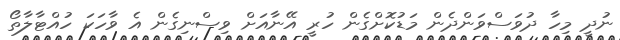
ނުދީ މިހާ ދުވަސްވަންދެން މަޑުކޮށްގެން ހުރީ އޭނާއަށް ވިސްނިގެން އެ ވާހަކަ ހުއްޓާލާތޯ